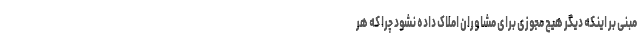
مبنی بر اینکه دیگر هیچ مجوزی برای مشاوران املاک داده نشود چرا که هر